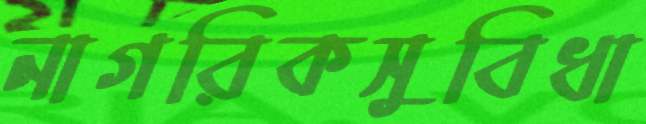
নাগরিকসুবিধা